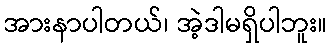
အားနာပါတယ်၊ အဲ့ဒါမရှိပါဘူး။